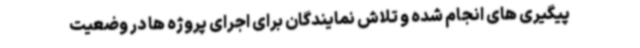
پیگیری های انجام شده و تلاش نمایندگان برای اجرای پروژه ها در وضعیت